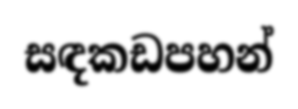
සඳකඩපහන්